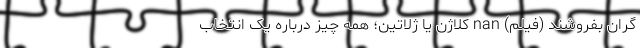
گران بفروشند (فیلم) nan کلاژن یا ژلاتین؛ همه چیز درباره یک انتخاب